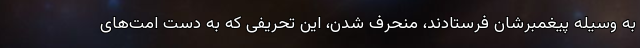
به وسیله پیغمبرشان فرستادند، منحرف شدن، این تحریفی که به دست امت‌های